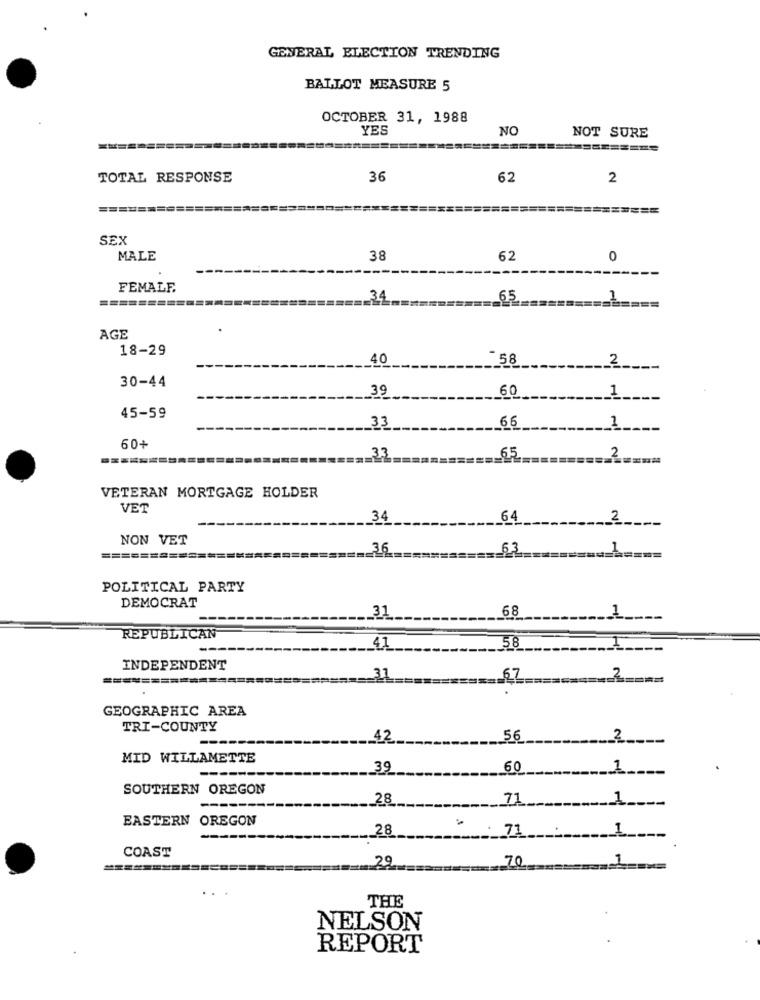
GENERAL ELECTION TRENDING
BALLOT MEASURE 5
OCTOBER 31, 1988
YES
NO
NOT SURE
TOTAL RESPONSE
36
62
2
=============
SEX
MALE
38
62
0
FEMALE
34
65
AGE
18-29
40
58
2
30-44
39
60
_1
45-59
33
66
1
60+
33
VETERAN MORTGAGE HOLDER
VET
34
64
2
NON VET
.36
===========
.. 6.2.
POLITICAL PARTY
DEMOCRAT
68
31
REPUBLICAN
41
58
INDEPENDENT
===========
31
2
GEOGRAPHIC AREA
TRI-COUNTY
--
.. 42
56
MID WILLAMETTE
._ 39
60
1
SOUTHERN OREGON
28
71
1
EASTERN OREGON
._ 28
71
1
COAST
1
29
10
THE
NELSON
REPORT